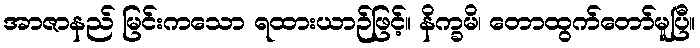
အာဇာနည် မြင်းကသော ရထားယာဉ်ဖြင့်။ နိက္ခမိ၊ တောထွက်တော်မူပြီ။